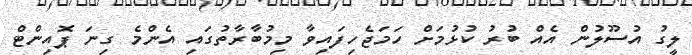
ލީގު އުސޫލުން އެއް ބުރު ކުޅުމަށް ހަމަޖެހިފައިވާ މިމުބާރާތުގައި އެންމެ ގިނަ ޕޮއިންޓް